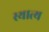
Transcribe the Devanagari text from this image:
स्थात्य